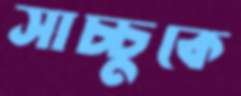
সাচ্চুকে